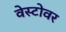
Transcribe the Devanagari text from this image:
वेस्टोवर